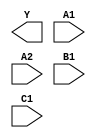
module sky130_fd_sc_hdll__a211oi (
    Y ,
    A1,
    A2,
    B1,
    C1
);

    output Y ;
    input  A1;
    input  A2;
    input  B1;
    input  C1;

    // Voltage supply signals
    supply1 VPWR;
    supply0 VGND;
    supply1 VPB ;
    supply0 VNB ;

endmodule